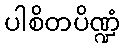
ပါစိတပိဏ္ဍံ